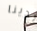
لدينا